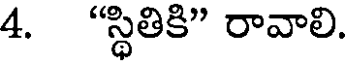
4. "స్థితికి" రావాలి.